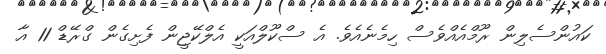
ކައުންސެލިން ރޫމްއެއްވެސް ހިމެނެއެވެ. އެ ސްކޫލްއަކީ އެލްކޭޖީން ފެށިގެން ގްރޭޑް 11 އާ